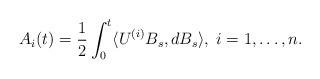
LaTeX: \begin{align*}A_{i}(t) = \frac{1}{2} \int_{0}^{t} \langle U^{(i)} B_{s}, dB_{s} \rangle, \; i=1,\ldots, n.\end{align*}